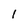
Character: 1